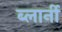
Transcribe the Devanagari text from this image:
ब्लार्नी